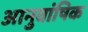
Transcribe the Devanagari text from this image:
आनुवांषिक